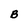
Character: B